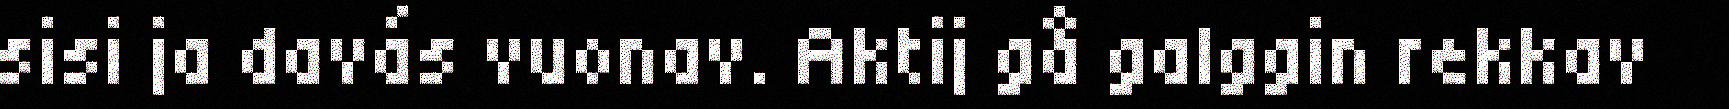
sisi ja davás vuonav. Aktij gå galggin rekkav